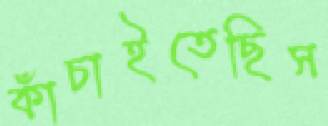
কাঁচাইতেছিস